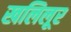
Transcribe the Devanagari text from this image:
खलिलूर